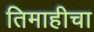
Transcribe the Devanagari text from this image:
तिमाहीचा